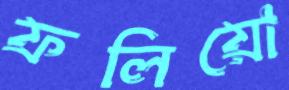
ফলিয়ো